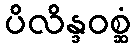
ပိလိန္ဒဝစ္ဆံ